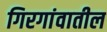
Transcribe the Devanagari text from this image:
गिरगांवातील